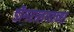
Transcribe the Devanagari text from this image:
डोंगरालगतच्या